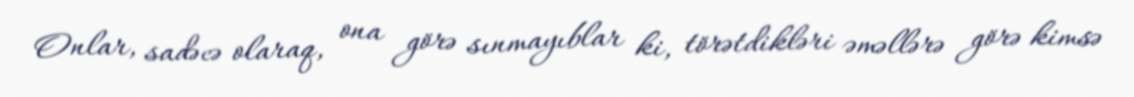
Onlar, sadəcə olaraq, ona görə sınmayıblar ki, törətdikləri əməllərə görə kimsə